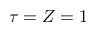
\tau = Z = 1